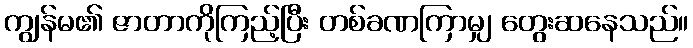
ကျွန်မ၏ ဇာတာကိုကြည့်ပြီး တစ်ခဏကြာမျှ တွေးဆနေသည်။